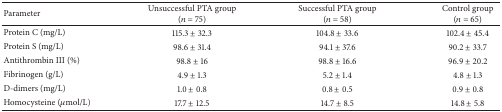
<table><thead><tr><td><b>Parameter</b></td><td><b>Unsuccessful PTA group (<i>n</i> = 75)</b></td><td><b>Successful PTA group(<i>n</i> = 58)</b></td><td><b>Control group (<i>n</i> = 65)</b></td></tr></thead><tbody><tr><td>Protein C (mg/L)</td><td>115.3 ± 32.3</td><td>104.8 ± 33.6</td><td>102.4 ± 45.4</td></tr><tr><td>Protein S (mg/L)</td><td>98.6 ± 31.4</td><td>94.1 ± 37.6</td><td>90.2 ± 33.7</td></tr><tr><td>Antithrombin III (%)</td><td>98.8 ± 16</td><td>98.8 ± 16.6</td><td>96.9 ± 20.2</td></tr><tr><td>Fibrinogen (g/L)</td><td>4.9 ± 1.3</td><td>5.2 ± 1.4</td><td>4.8 ± 1.3</td></tr><tr><td>D-dimers (mg/L)</td><td>1.0 ± 0.8</td><td>0.8 ± 0.5</td><td>0.9 ± 0.8</td></tr><tr><td>Homocysteine (<i>μ</i>mol/L)</td><td>17.7 ± 12.5</td><td>14.7 ± 8.5</td><td>14.8 ± 5.8</td></tr></tbody></table>